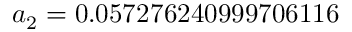
a _ { 2 } = 0 . 0 5 7 2 7 6 2 4 0 9 9 9 7 0 6 1 1 6